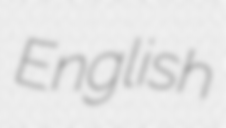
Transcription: English